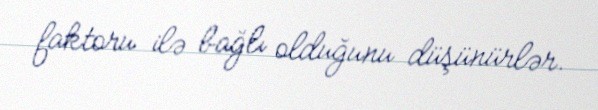
faktoru ilə bağlı olduğunu düşünürlər.